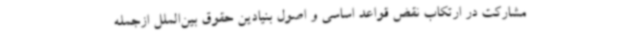
مشارکت در ارتکاب نقض قواعد اساسی و اصول بنیادین حقوق بین‌الملل ازجمله